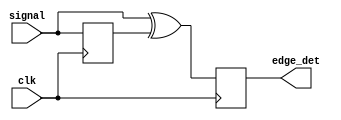
`timescale 1ns / 1ps
//////////////////////////////////////////////////////////////////////////////////
// Company: 
// Engineer: 
// 
// Design Name: 
// Module Name: edge_det
// Project Name: 
// Target Devices: 
// Tool Versions: 
// Description: 
// 
// Dependencies: 
// 
// Revision:
// Revision 0.01 - File Created
// Additional Comments:
// 
//////////////////////////////////////////////////////////////////////////////////


module edge_det(
input clk,
input signal,
output reg edge_det
    );
    reg sgprev;
    always@(posedge clk)
    begin
    sgprev<=signal;
    edge_det <=signal^sgprev;
    end
endmodule